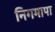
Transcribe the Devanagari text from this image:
निगमापा